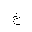
Letter: _kha